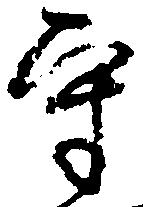
守